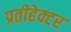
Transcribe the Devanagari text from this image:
प्रतीहेक्टर